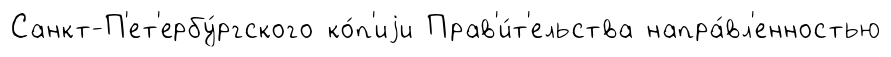
Санкт-П'ет'ербу́ргского ко́п'иjи Прав'и́т'ельства напра́вл'енностью